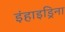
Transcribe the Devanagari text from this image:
इंहाइड्रिना